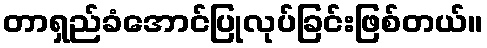
တာရှည်ခံအောင်ပြုလုပ်ခြင်းဖြစ်တယ်။